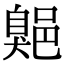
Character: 𦤡